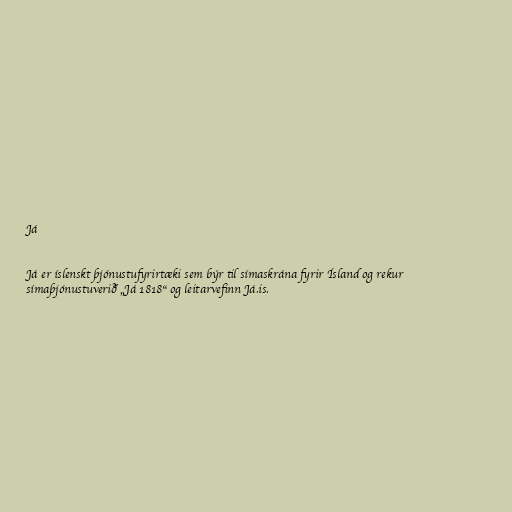
Já

Já er íslenskt þjónustufyrirtæki sem býr til símaskrána fyrir Ísland og rekur
símaþjónustuverið „Já 1818“ og leitarvefinn Já.is.